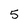
Character: 5